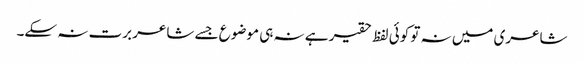
شاعری میں نہ تو کوئی لفظ حقیر ہے نہ ہی موضوع جسے شاعر برت نہ سکے۔